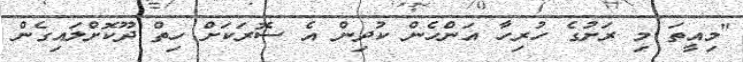
"މިއީތަ މި ރަށުގެ ހުރިހާ އަންހެން ކުދިން އެ ސޮރަކަށް ހިތް ދޫކޮށްލައިގެން